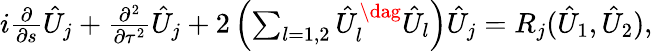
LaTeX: \begin{array}{r}{i\frac{\partial}{\partial s}\hat{U}_{j}+\frac{\partial^{2}}{\partial\tau^{2}}\hat{U}_{j}+2\left(\sum_{l=1,2}\hat{U}_{l}^{\dag}\hat{{U}}_{l}\right)\hat{U}_{j}=R_{j}(\hat{U}_{1},\hat{U}_{2}),}\end{array}